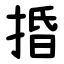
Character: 捪